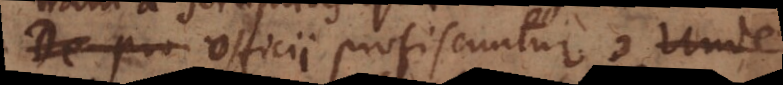
e officii profiscuntur. Unde